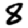
Digit: 8